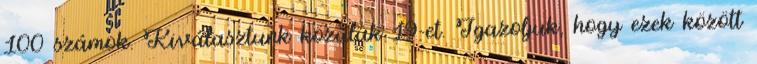
100 számok. Kiválasztunk közülük 19-et. Igazoljuk, hogy ezek között